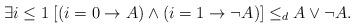
LaTeX: \begin{align*}\exists i \leq 1 \; [(i=0 \rightarrow A) \wedge (i=1 \rightarrow \neg A)] \leq_d A \vee \neg A.\end{align*}